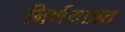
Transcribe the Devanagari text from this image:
निर्णयाप्रत